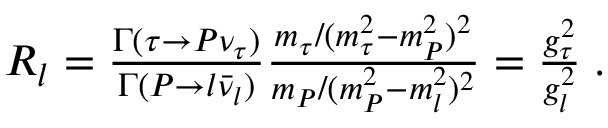
\begin{array} { r } { R _ { l } = { \frac { \Gamma ( \tau \to P \nu _ { \tau } ) } { \Gamma ( P \to l \bar { \nu } _ { l } ) } } { \frac { m _ { \tau } / ( m _ { \tau } ^ { 2 } - m _ { P } ^ { 2 } ) ^ { 2 } } { m _ { P } / ( m _ { P } ^ { 2 } - m _ { l } ^ { 2 } ) ^ { 2 } } } = { \frac { g _ { \tau } ^ { 2 } } { g _ { l } ^ { 2 } } } \; . } \end{array}